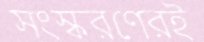
সংস্করণেরই